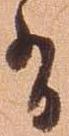
有